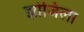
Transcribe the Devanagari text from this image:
झोजिला